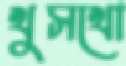
খুসখো